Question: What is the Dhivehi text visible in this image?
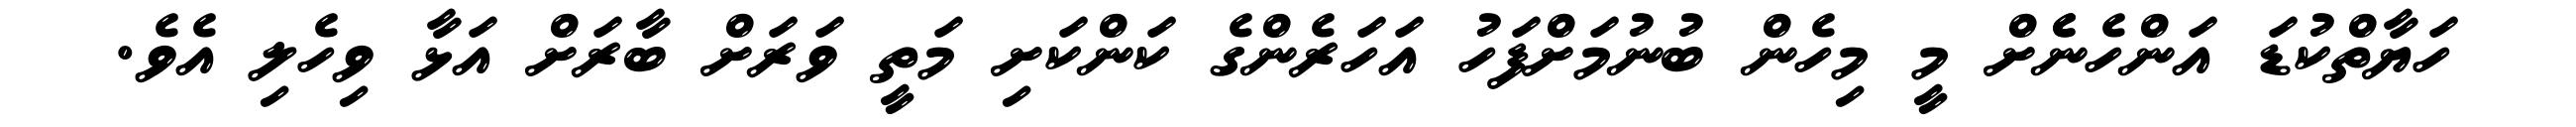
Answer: ހަޔާތްކުޑަ އަންހެނެެށް މީ މިހެން ބުނުމަށްފަހު އަހަރެންގެ ކަންކަށި މަތީ ވަރަށް ބާރަށް އަޅާ ވިހެލި އެވެ.